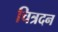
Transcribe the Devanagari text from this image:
चित्रदन